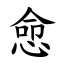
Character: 㥐